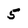
Character: 5